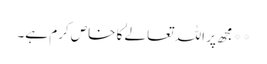
**مجھ پر اللہ تعالےٰ کا خاص کرم ہے۔